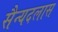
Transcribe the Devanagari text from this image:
सैन्यदलास